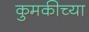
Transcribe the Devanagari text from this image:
कुमकीच्या